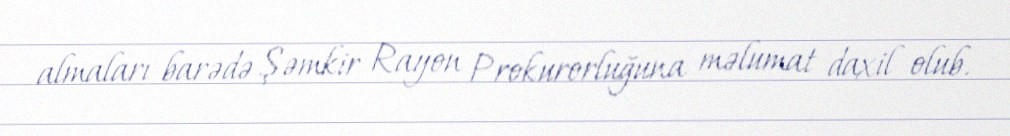
almaları barədə Şəmkir Rayon Prokurorluğuna məlumat daxil olub.